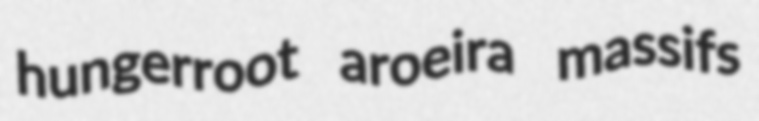
hungerroot aroeira massifs